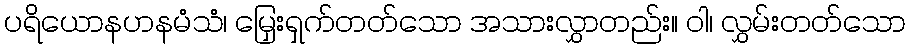
ပရိယောနဟနမံသံ၊ မြှေးရှက်တတ်သော အသားလွှာတည်း။ ဝါ၊ လွှမ်းတတ်သော